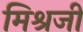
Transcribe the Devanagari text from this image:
मिश्रजी